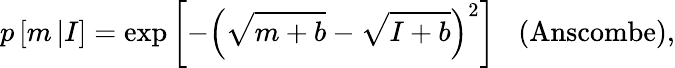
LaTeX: p\left[m\left|I\right.\right]=\exp\left[-\left(\sqrt{m+b}-\sqrt{I+b}\right)^{2}\right]\; \; \; \textrm{(Anscombe)},